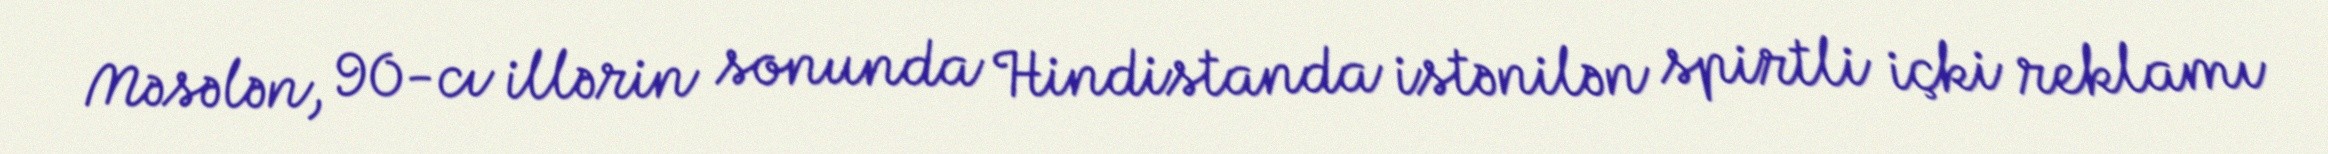
Məsələn, 90-cı illərin sonunda Hindistanda istənilən spirtli içki reklamı